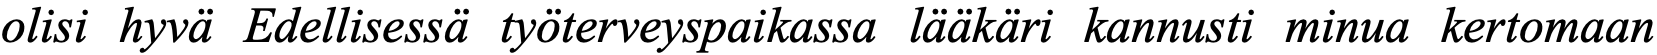
olisi hyvä Edellisessä työterveyspaikassa lääkäri kannusti minua kertomaan